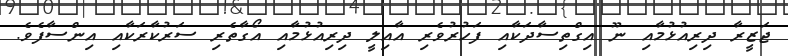
ޖަޒީރާ ދިރިއުޅުމާއި ނޫ އިގްތިސާދަކާއި ފަހުރުވެރި އާއިލީ ދިރިއުޅުމާއި އޯގާތެރި ސަރުކާރަކާއި އިންސާފެވެ.